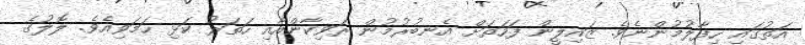
އަތުގައި ހިފާލުމުންނެވެ. ޒައިލީން ފަހަތަށް އެނބުރުމުން ރަވިކާންއާއި ހަތަރު ކަޅި ހަމަވިއެވެ. ލޮލުގެ